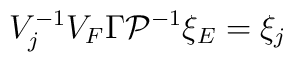
V^{-1}_jV_F\Gamma {\cal P}^{-1}\xi _E=\xi _j